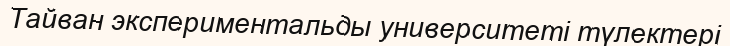
Тайван экспериментальды университеті түлектері